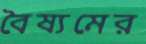
বৈষ্যমের